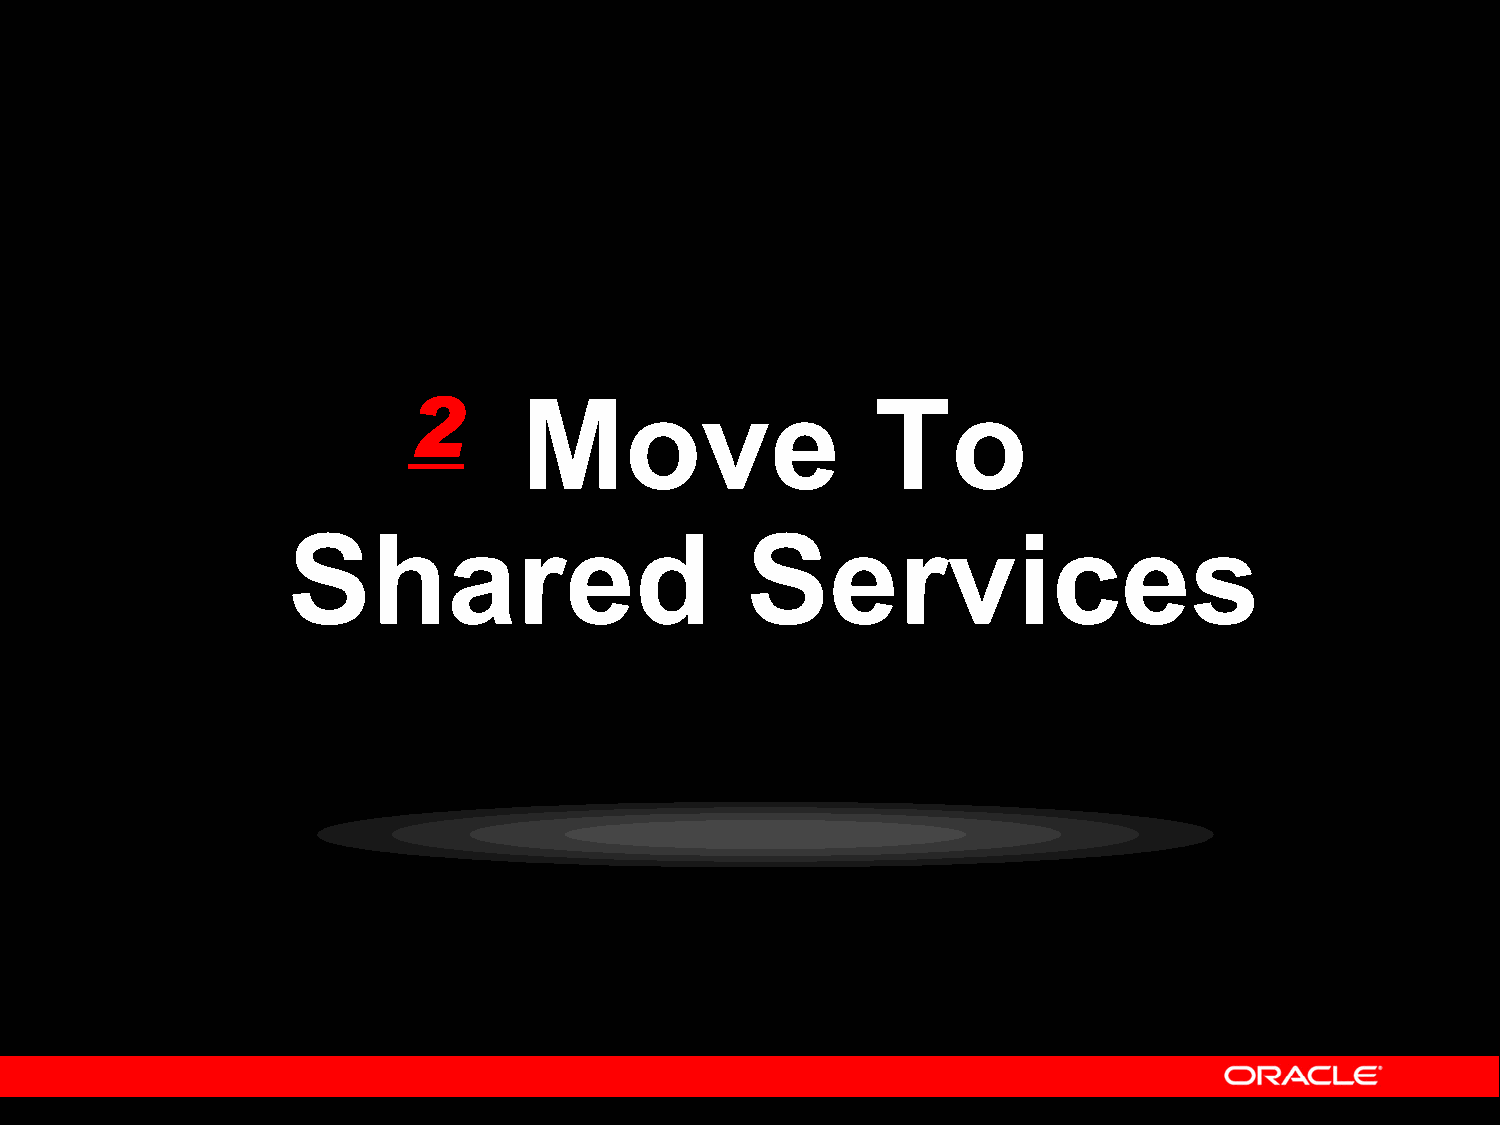
2
 MMoovvee                TToo
 SShhaarreedd                  SSeerrvviicceess